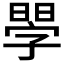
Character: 𣉬